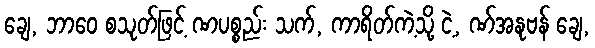
ချေ, ဘာဝေ စသုတ်ဖြင့် ဏပစ္စည်း သက်, ကာရိတ်ကဲ့သို့ ငဲ့, ဏ်အနုဗန် ချေ,